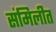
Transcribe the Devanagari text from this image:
संमिलीत